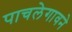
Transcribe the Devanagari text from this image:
पाचलेगावने